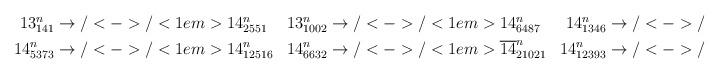
LaTeX: \begin{align*}\begin{aligned} 13^n_{141} &\to/<->/<1em> 14^n_{2551} & 13^n_{1002} &\to/<->/<1em> 14^n_{6487} & 14^n_{1346} &\to/<->/<1em> 14^n_{7711} & 14^n_{5293} &\to/<->/<1em> 14^n_{12516} \\ 14^n_{5373} &\to/<->/<1em> 14^n_{12516} & 14^n_{6632} &\to/<->/<1em> \overline{14}^n_{21021} & 14^n_{12393} &\to/<->/<1em> 14^n_{12532}\end{aligned}\end{align*}